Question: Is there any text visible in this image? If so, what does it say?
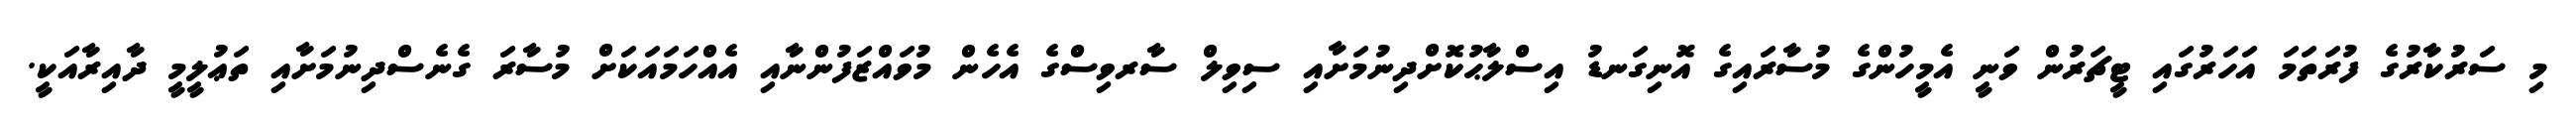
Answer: މި ސަރުކާރުގެ ފުރަތަމަ އަހަރުގައި ޓީޗަރުން ވަނީ އެމީހުންގެ މުސާރައިގެ އޮނިގަނޑު އިސްލާޙުކޮށްދިނުމަށާއި ސިވިލް ސާރވިސްގެ އެހެން މުވައްޒަފުންނާއި އެއްހަމައަކަށް މުސާރަ ގެނެސްދިނުމަށާއި ތަޢުލީމީ ދާއިރާއަކީ.